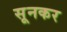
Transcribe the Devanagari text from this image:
सूनकर